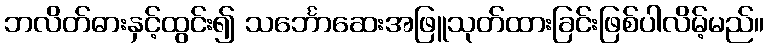
ဘလိတ်ဓားနှင့်ထွင်း၍ သင်္ဘောဆေးအဖြူသုတ်ထားခြင်းဖြစ်ပါလိမ့်မည်။